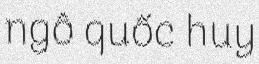
ngô quốc huy